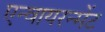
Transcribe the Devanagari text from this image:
एन्वायरन्मेंट